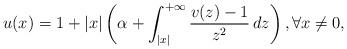
LaTeX: \begin{align*}u(x) = 1+|x|\left( \alpha + \int_{|x|}^{+\infty} \frac{v(z)-1}{z^2} \,dz\right), \forall x\neq 0,\end{align*}